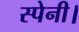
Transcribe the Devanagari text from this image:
स्पेनी।